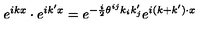
e ^ { i k x } \cdot e ^ { i k ^ { \prime } x } = e ^ { - { \frac { i } { 2 } } \theta ^ { i j } k _ { i } k _ { j } ^ { \prime } } e ^ { i ( k + k ^ { \prime } ) \cdot x }